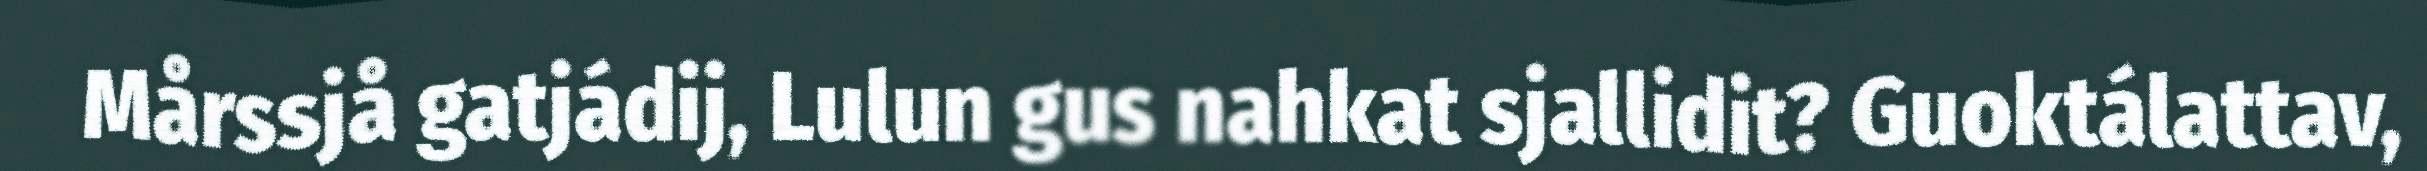
Mårssjå gatjádij, Lulun gus nahkat sjallidit? Guoktálattav,